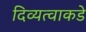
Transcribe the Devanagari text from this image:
दिव्यत्वाकडे